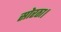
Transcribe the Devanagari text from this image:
सोरठा।